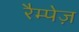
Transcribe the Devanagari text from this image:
रैम्पेज़